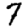
Digit: 7